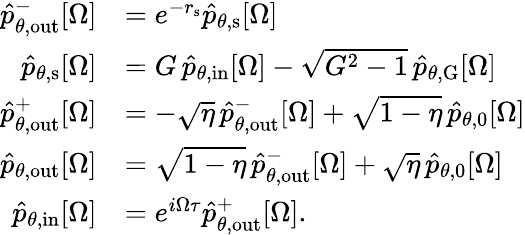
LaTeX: \begin{array}{rl}{\hat{p}_{\theta,\mathrm{out}}^{-}[\Omega]}&{=e^{-r_{\mathrm{s}}}\hat{p}_{\theta,\mathrm{s}}[\Omega]}\\ {\hat{p}_{\theta,\mathrm{s}}[\Omega]}&{=G\, \hat{p}_{\theta,\mathrm{in}}[\Omega]-\sqrt{G^{2}-1}\, \hat{p}_{\theta,\mathrm{G}}[\Omega]}\\ {\hat{p}_{\theta,\mathrm{out}}^{+}[\Omega]}&{=-\sqrt{\eta}\, \hat{p}_{\theta,\mathrm{out}}^{-}[\Omega]+\sqrt{1-\eta}\, \hat{p}_{\theta,0}[\Omega]}\\ {\hat{p}_{\theta,\mathrm{out}}[\Omega]}&{=\sqrt{1-\eta}\, \hat{p}_{\theta,\mathrm{out}}^{-}[\Omega]+\sqrt{\eta}\, \hat{p}_{\theta,0}[\Omega]}\\ {\hat{p}_{\theta,\mathrm{in}}[\Omega]}&{=e^{i\Omega\tau}\hat{p}_{\theta,\mathrm{out}}^{+}[\Omega].}\end{array}